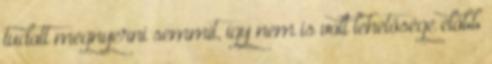
tudott megnyerni semmit, így nem is volt lehetősége előbb